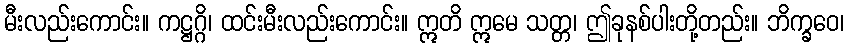
မီးလည်းကောင်း။ ကဋ္ဌဂ္ဂိ၊ ထင်းမီးလည်းကောင်း။ ဣတိ ဣမေ သတ္တ၊ ဤခုနစ်ပါးတို့တည်း။ ဘိက္ခဝေ၊